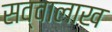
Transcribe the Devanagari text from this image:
सव्वालाख